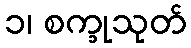
၁၊ စက္ခုသုတ်